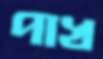
পাখ